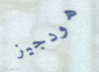
هودجيز